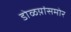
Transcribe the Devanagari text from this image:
डोळय़ांसमोर